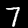
Label: 7